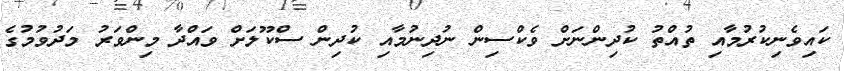
ކައިވެނިކުރުމާއި ތުއްތު ކުދިންނަށް ވެކްސިން ނުދިނުމާއި ކުދިން ސްކޫލަށް ވައްދާ މިންވަރު މަދުވުމުގެ